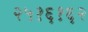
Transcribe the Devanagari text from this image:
२५१६१६२